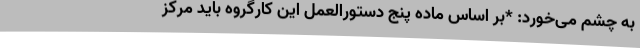
به چشم می‌خورد: *بر اساس ماده پنج دستورالعمل این کارگروه باید مرکز